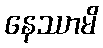
နေဿာမိ